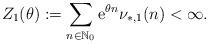
LaTeX: \begin{align*} Z_1(\theta):=\sum_{n\in\mathbb N_0}\mathrm e^{\theta n}\nu_{*,1}(n)<\infty.\end{align*}